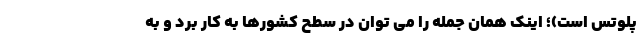
پلوتس است)؛ اینک همان جمله را می توان در سطح کشورها به کار برد و به